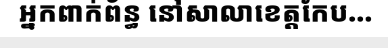
អ្នកពាក់ព័ន្ធ នៅសាលាខេត្តកែប...